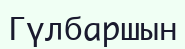
Гүлбаршын